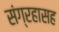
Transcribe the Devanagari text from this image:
संग्रहासह